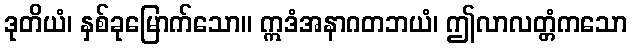
ဒုတိယံ၊ နှစ်ခုမြောက်သော။ ဣဒံအနာဂတဘယံ၊ ဤလာလတ္တံကသော